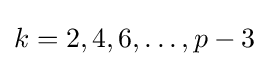
k=2,4,6,\dots ,p-3